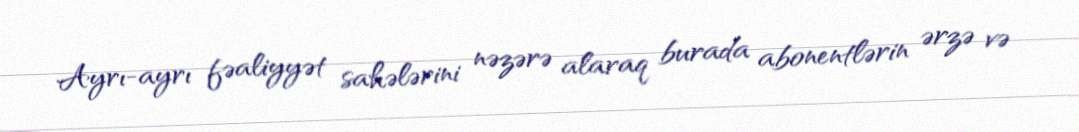
Ayrı-ayrı fəaliyyət sahələrini nəzərə alaraq burada abonentlərin ərzə və